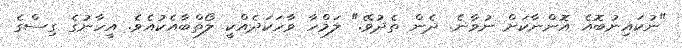
"ނުކައިނުބޮއެ އޮންނާކަށް ނުވާނެ. ދެން ތެދުވޭ." ލަމްހާ ވާހަކަދެއްކީ ލޯތްބާއެކުއެވެ. އީހާނުގެ ގިސްގެ